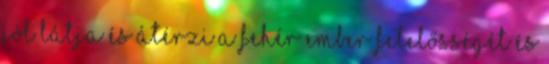
jól látja és átérzi a fehér ember felelősségét és